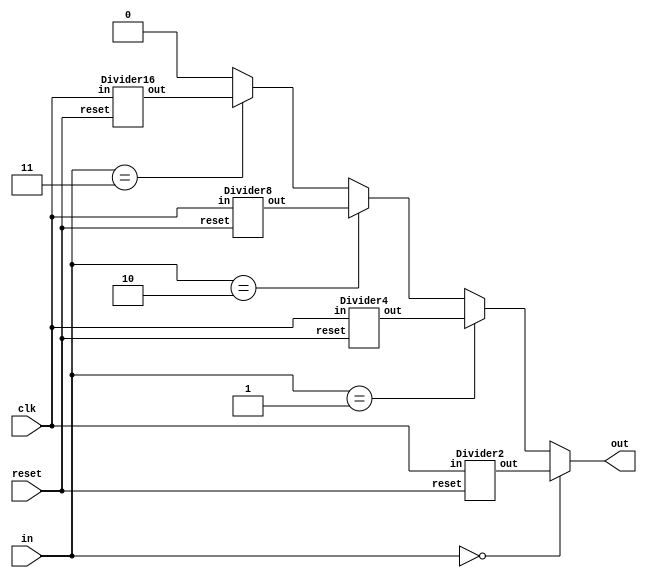
module modulate (clk,reset,in,out);
	input 	clk;
	input 	reset;
	input 	[1:0] in;
	output wire	out;
	wire	signal2, signal4, signal8, signal16;
	Divider2 divider2(.reset(reset), .in(clk), .out(signal2));
	Divider4 divider4(.reset(reset), .in(clk), .out(signal4));
	Divider8 divider8(.reset(reset), .in(clk), .out(signal8));
	Divider16 divider16(.reset(reset), .in(clk), .out(signal16));

	assign out 	= 	(in==2'd0)?signal2:
					(in==2'd1)?signal4:
					(in==2'd2)?signal8:
					(in==2'd3)?signal16:1'd0;
endmodule

module Divider2(reset, in, out);            // divide by 2
    input		in, reset;
    output reg	out;
    reg	[3: 0] 	count;

    always @ (posedge in or negedge reset) 
    begin
        if(~reset) 
        begin
            out   <= 1'b0;
            count <= 1'b0;
        end 
        else 
        begin
            count = count + 1'b1;
            if(count == 4'd1) begin
                out   <= ~out;
                count <= 0;
            end
        end
    end
endmodule

module Divider4(reset, in, out);            // divide by 4
    input		in, reset;
    output reg	out;
    reg	[3: 0] 	count;

    always @ (posedge in or negedge reset) 
    begin
        if(~reset) 
        begin
            out   <= 1'b0;
            count <= 1'b0;
        end 
        else 
        begin
            count = count + 1'b1;
            if(count == 4'd3) begin
                out   <= ~out;
                count <= 0;
            end
        end
    end
endmodule

module Divider8(reset, in, out);            // divide by 8
    input		in, reset;
    output reg	out;
    reg	[3: 0] 	count;

    always @ (posedge in or negedge reset) 
    begin
        if(~reset) 
        begin
            out   <= 1'b0;
            count <= 1'b0;
        end 
        else 
        begin
            count = count + 1'b1;
            if(count == 4'd7) begin
                out   <= ~out;
                count <= 0;
            end
        end
    end
endmodule

module Divider16(reset, in, out);            // divide by 16
    input		in, reset;
    output reg	out;
    reg	[3: 0] 	count;

    always @ (posedge in or negedge reset) 
    begin
        if(~reset) 
        begin
            out   <= 1'b0;
            count <= 1'b0;
        end 
        else 
        begin
            count = count + 1'b1;
            if(count == 4'd15) begin
                out   <= ~out;
                count <= 0;
            end
        end
    end
endmodule